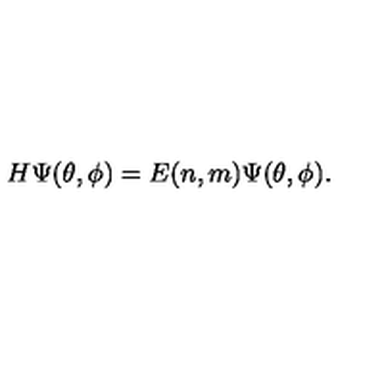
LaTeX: H \Psi ( \theta , \phi ) = E ( n , m ) \Psi ( \theta , \phi ) .